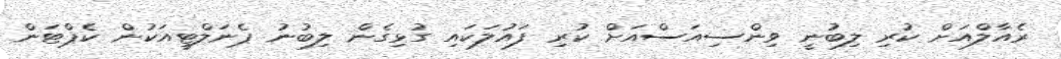
ރެއާލްއަށް ކުރި ލިބުނީ ވިންސިއަސްއަށް ކުރި ފައުލަކައި ގުޅިގެން ލިބުނު ޕެނަލްޓީއަކުން ކެޕްޓަން